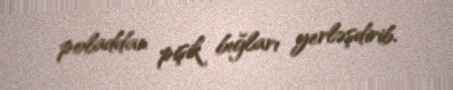
poladdan pişik bığları yerləşdirib.